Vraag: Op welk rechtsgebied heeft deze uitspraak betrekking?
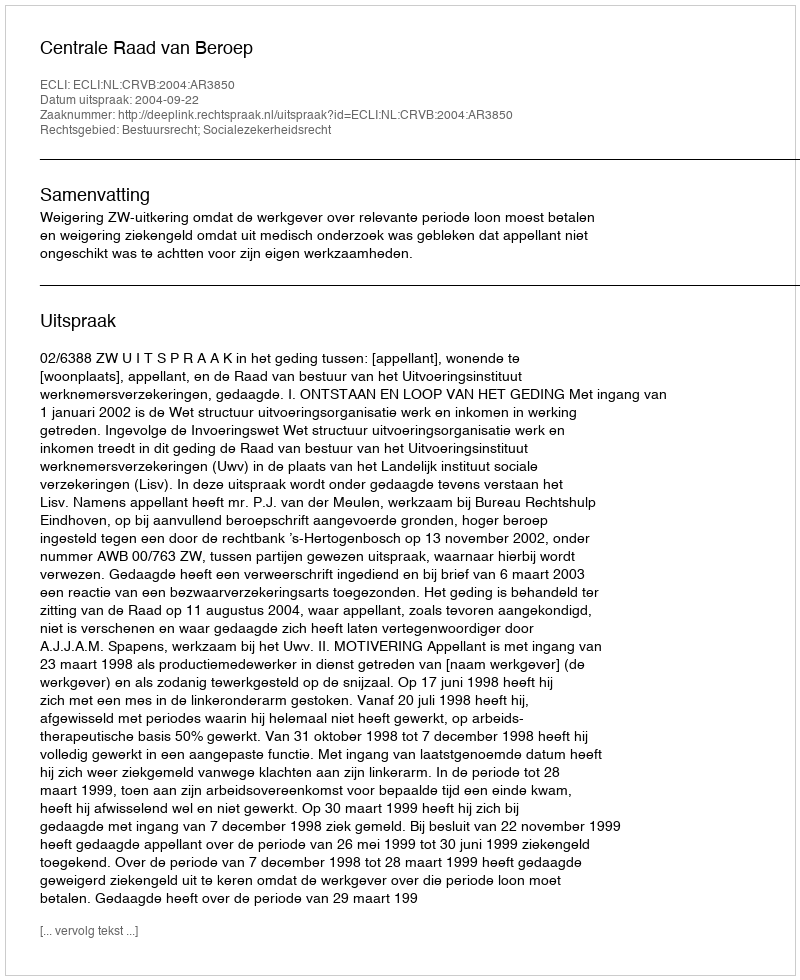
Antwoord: Bestuursrecht; Socialezekerheidsrecht